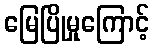
မြေပြိုမှုကြောင့်